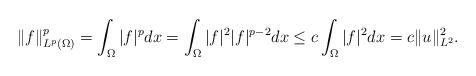
LaTeX: \begin{align*}& \|f\|_{L^p(\Omega) }^p = \int_{\Omega} |f|^{ p} dx=\int_{\Omega} |f|^2 |f|^{ p-2} dx\leq c \int_{\Omega} |f|^2 dx = c \| u \|_{L^2}^2. \end{align*}